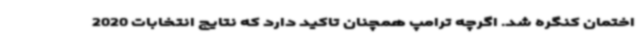
اختمان کنگره شد. اگرچه ترامپ همچنان تاکید دارد که نتایج انتخابات 2020